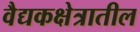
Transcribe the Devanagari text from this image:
वैद्यकक्षेत्रातील